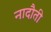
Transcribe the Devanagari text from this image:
नादौती